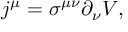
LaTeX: j ^ { \mu } = \sigma ^ { \mu \nu } \partial _ { \nu } V ,